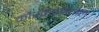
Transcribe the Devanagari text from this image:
कौरवसेनेतील